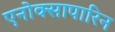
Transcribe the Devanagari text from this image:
एनोक्सापारिन